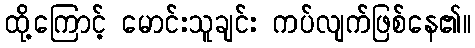
ထို့ကြောင့် မောင်းသူချင်း ကပ်လျက်ဖြစ်နေ၏။